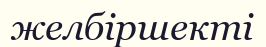
желбіршекті